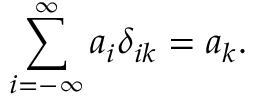
\sum _ { i = - \infty } ^ { \infty } a _ { i } \delta _ { i k } = a _ { k } .